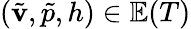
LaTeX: (\tilde{\mathbf{v}},\tilde{p},h)\in\mathbb{E}(T)